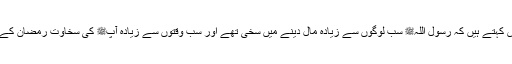
1585: سیدنا ابن عباسؓ کہتے ہیں کہ رسول اللہﷺ سب لوگوں سے زیادہ مال دینے میں سخی تھے اور سب وقتوں سے زیادہ آپﷺ کی سخاوت رمضان کے مہینے میں ہوتی تھی۔